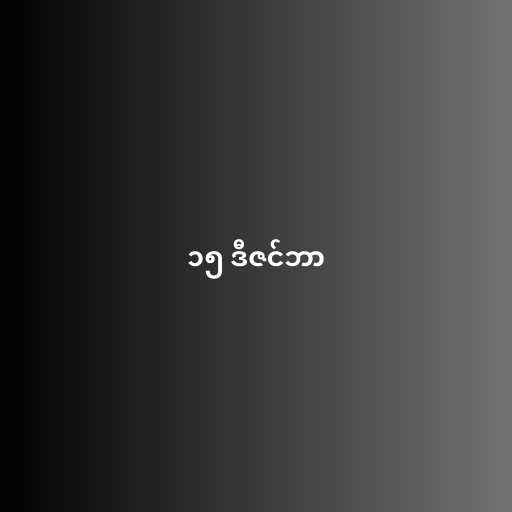
၁၅ ဒီဇင်ဘာ